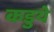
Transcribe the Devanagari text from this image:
कडुये